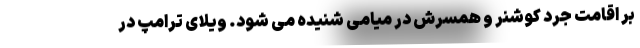
بر اقامت جرد کوشنر و همسرش در میامی شنیده می شود. ویلای ترامپ در